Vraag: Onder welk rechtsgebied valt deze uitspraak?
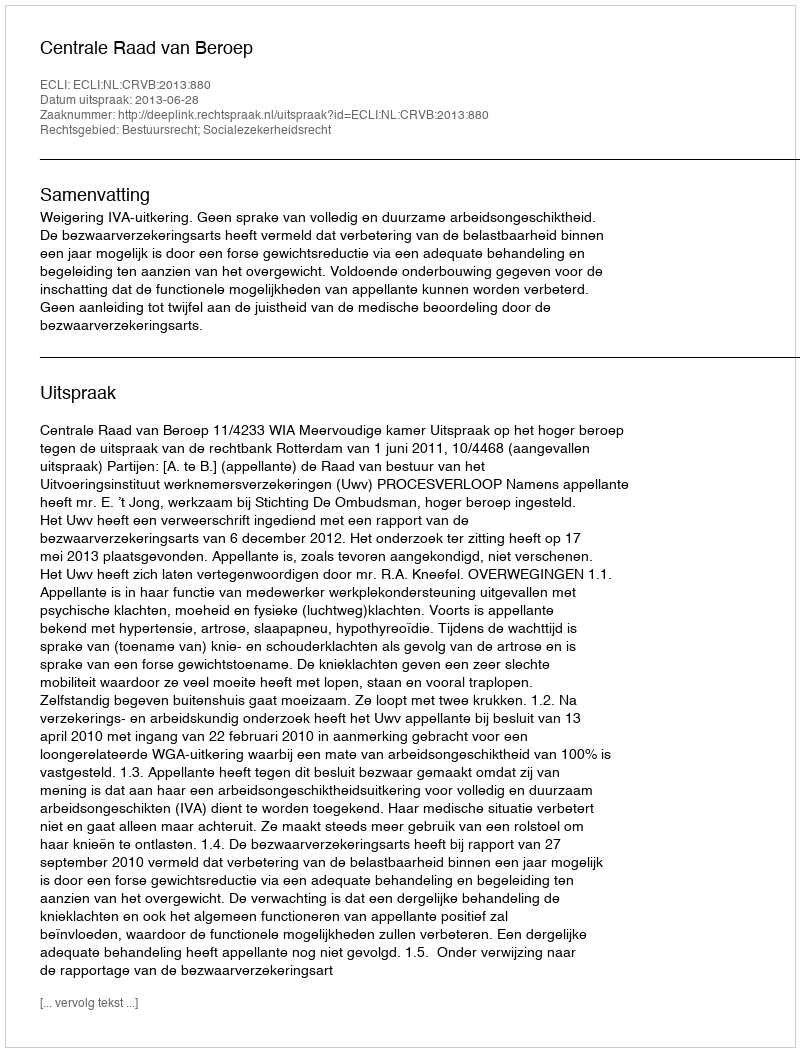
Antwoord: Bestuursrecht; Socialezekerheidsrecht